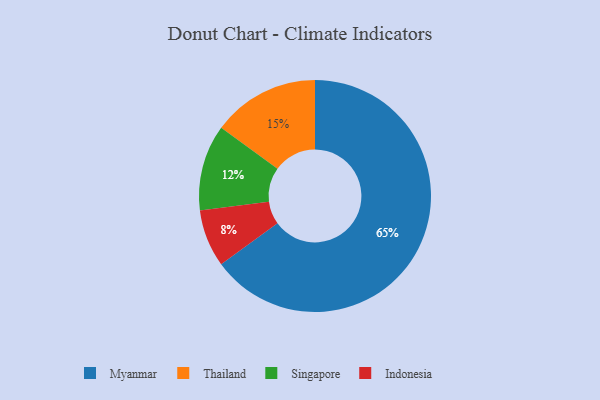
{"axis": {"x": "Category", "y": "Percentage"}, "legend": ["Indonesia", "Myanmar", "Singapore", "Thailand"], "data": [{"x": "Thailand", "y": 15, "type": "Thailand"}, {"x": "Singapore", "y": 12, "type": "Singapore"}, {"x": "Myanmar", "y": 65, "type": "Myanmar"}, {"x": "Indonesia", "y": 8, "type": "Indonesia"}]}